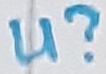
Text: U?